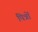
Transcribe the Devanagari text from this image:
पित्रों